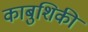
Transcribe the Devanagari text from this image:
काबुशिकी